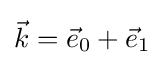
{\vec {k}}={\vec {e}}_{0}+{\vec {e}}_{1}